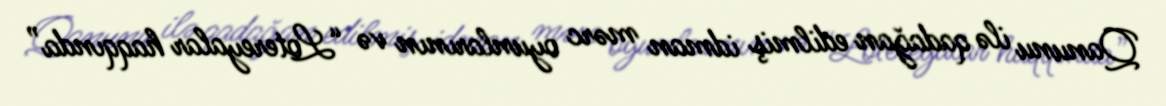
Qanunu ilə qadağan edilmiş idman mərc oyunlarının və “Lotereyalar haqqında”